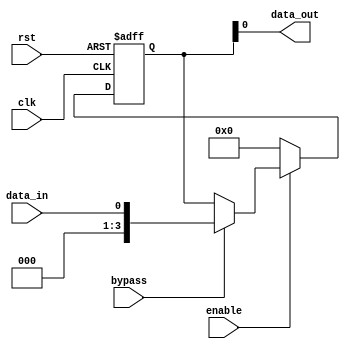
module timing_control_sync_blocks(
    input wire clk,
    input wire rst,
    input wire enable,
    input wire bypass,
    input wire data_in,
    output reg data_out
);

reg [3:0] sync_reg;

always @(posedge clk or posedge rst) begin
    if (rst) begin
        sync_reg <= 4'b0000;
    end else begin
        if (enable) begin
            if (bypass) begin
                sync_reg <= data_in;
            end else begin
                sync_reg <= sync_reg;
            end
        end else begin
            sync_reg <= 4'b0000;
        end
    end
end

assign data_out = sync_reg;

endmodule